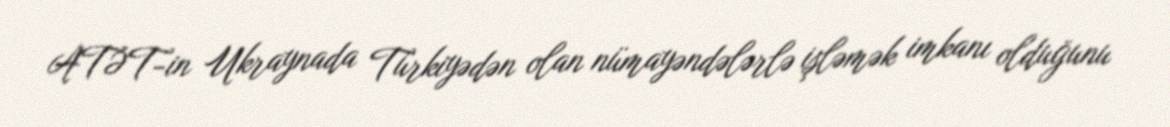
ATƏT-in Ukraynada Türkiyədən olan nümayəndələrlə işləmək imkanı olduğunu